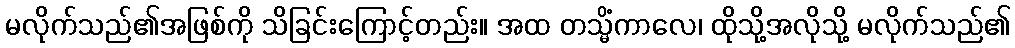
မလိုက်သည်၏အဖြစ်ကို သိခြင်းကြောင့်တည်း။ အထ တသ္မိံကာလေ၊ ထိုသို့အလိုသို့ မလိုက်သည်၏